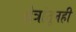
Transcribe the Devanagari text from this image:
क्षेत्रांतूनही